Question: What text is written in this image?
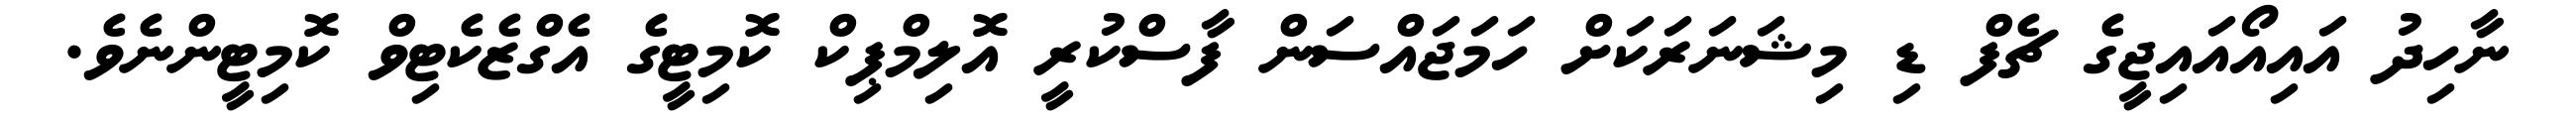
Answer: ނާހިދު އައިއޯއައިޖީގެ ޗެފް ޑި މިޝަނަރަކަށް ހަމަޖައްސަން ފާސްކުރީ އޮލިމްޕިކް ކޮމިޓީގެ އެގްޒެކެޓިވް ކޮމިޓީންނެވެ.